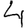
Digit: 4